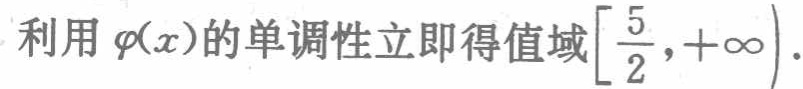
利用\(\varphi(x)\)的单调性立即得值域\(\left[\dfrac{5}{2},+\infty\right)\).